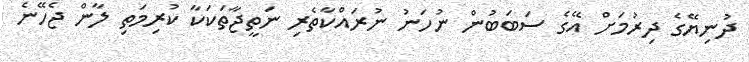
ދުނިޔޭގެ ދިރުމަށް އޭގެ ސަބަބުން ނުހަނު ނުރައްކާތެރި ނަތީޖާތަކަކާ ކުރިމަތި ލާން ޖެހޭނެ